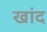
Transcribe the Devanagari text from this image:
खांद